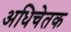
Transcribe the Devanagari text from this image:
अधिचेतक